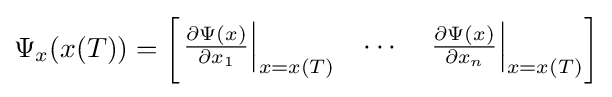
\Psi _{x}(x(T))={\begin{bmatrix}\left.{\frac {\partial \Psi (x)}{\partial x_{1}}}\right|_{x=x(T)}&\cdots &\left.{\frac {\partial \Psi (x)}{\partial x_{n}}}\right|_{x=x(T)}\end{bmatrix}}